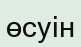
өсуін